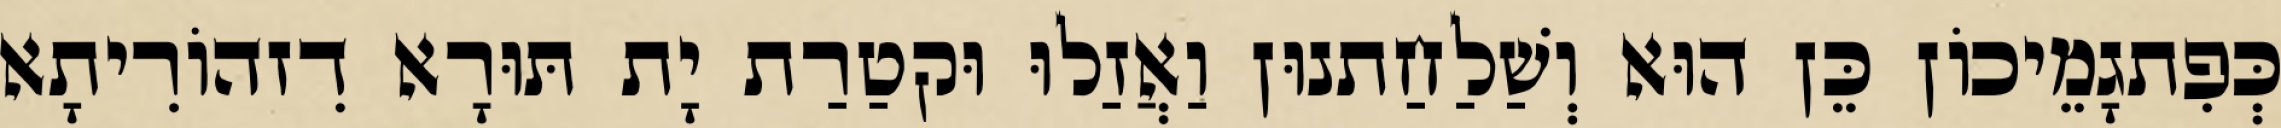
כְּפִתגָמֵיכוֹן כֵּן הוּא וְשַׁלַחַתנוּן וַאֲזַלוּ וּקטַרַת יָת תּוּרָא דִזהוֹרִיתָא